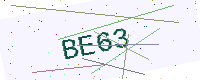
Text: BE63